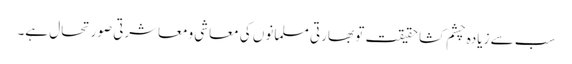
سب سے زیادہ چشم کشا حقیقت تو بھارتی مسلمانوں کی معاشی ومعاشرتی صورتحال ہے۔